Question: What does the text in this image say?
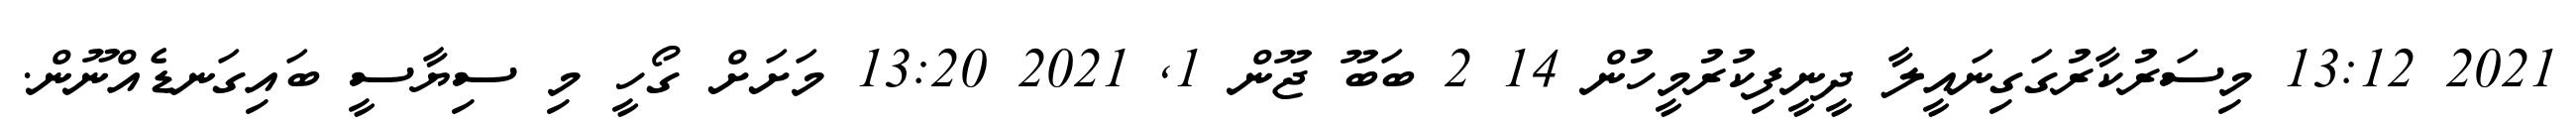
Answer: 2021 13:12 މިސަރުކާރުގަގިނައީލާ ދީނީފިކުރުމީހުން 14 2 ބަބޫ ޖޫން 1, 2021 13:20 މަށަށް ގޯހީ މި ސިޔާސީ ބައިގަނޑެއްނޫން.